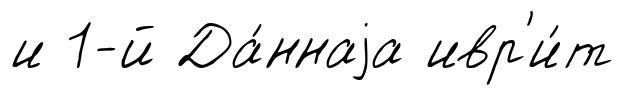
и 1-й Да́ннаjа ивр'и́т